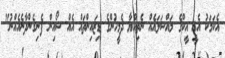
އެކަމަކު އެއީ އީކްގެ މައްސަލައެއް ނެތިއްޔާ ދެމީހުންގެ ޑިޒައިންތައް އެއް ޝޯއިން ފެނިގެންދާނެއެއްނު"